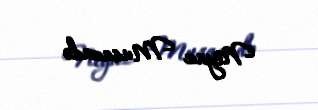
Niyaz Musazadə